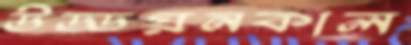
উড্ডয়নকাল